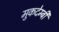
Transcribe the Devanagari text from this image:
मुकदेम्बी